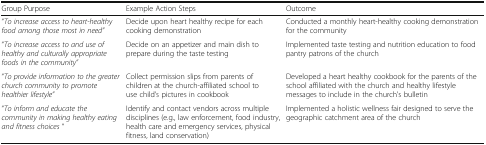
<table><thead><tr><td><b>Group Purpose</b></td><td><b>Example Action Steps</b></td><td><b>Outcome</b></td></tr></thead><tbody><tr><td>“<i>To increase access to heart-healthy food among those most in need”</i></td><td>Decide upon heart healthy recipe for each cooking demonstration</td><td>Conducted a monthly heart-healthy cooking demonstration for the community</td></tr><tr><td>“<i>To increase access to and use of healthy and culturally appropriate foods in the community”</i></td><td>Decide on an appetizer and main dish to prepare during the taste testing</td><td>Implemented taste testing and nutrition education to food pantry patrons of the church</td></tr><tr><td>“<i>To provide information to the greater church community to promote healthier lifestyle”</i></td><td>Collect permission slips from parents of children at the church-affiliated school to use child’s pictures in cookbook</td><td>Developed a heart healthy cookbook for the parents of the school affiliated with the church and healthy lifestyle messages to include in the church&#x27;s bulletin</td></tr><tr><td>“<i>To inform and educate the community in making healthy eating and fitness choices</i> “</td><td>Identify and contact vendors across multiple disciplines (e.g., law enforcement, food industry, health care and emergency services, physical fitness, land conservation)</td><td>Implemented a holistic wellness fair designed to serve the geographic catchment area of the church</td></tr></tbody></table>